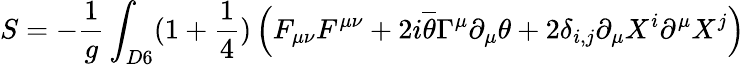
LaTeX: S=-\frac{1}{g}\int_{D6}(1+\frac{1}{4})\left(F_{\mu\nu}F^{\mu\nu}+2i\overline{{{\theta}}}\Gamma^{\mu}\partial_{\mu}\theta+2\delta_{i,j}\partial_{\mu}X^{i}\partial^{\mu}X^{j}\right)